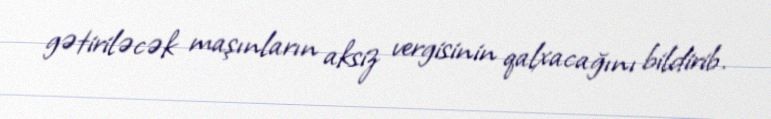
gətiriləcək maşınların aksiz vergisinin qalxacağını bildirib.